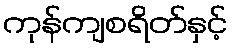
ကုန်ကျစရိတ်နှင့်